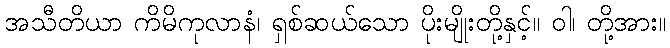
အသီတိယာ ကိမိကုလာနံ၊ ရှစ်ဆယ်သော ပိုးမျိုးတို့နှင့်။ ဝါ၊ တို့အား။